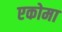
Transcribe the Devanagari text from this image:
एकोमा